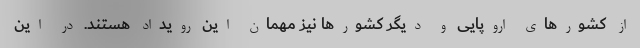
از کشورهای اروپایی و دیگر کشورها نیز مهمان این رویداد هستند. در این